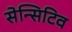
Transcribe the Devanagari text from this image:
सेन्सिटिव